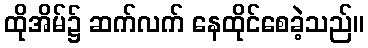
ထိုအိမ်၌ ဆက်လက် နေထိုင်စေခဲ့သည်။